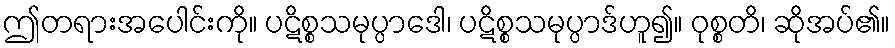
ဤတရားအပေါင်းကို။ ပဋိစ္စသမုပ္ပာဒေါ၊ ပဋိစ္စသမုပ္ပာဒ်ဟူ၍။ ဝုစ္စတိ၊ ဆိုအပ်၏။